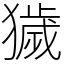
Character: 獩